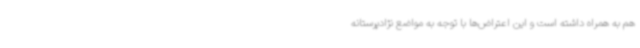
هم به همراه داشته است و این اعتراض‌ها با توجه به مواضع نژادپرستانه